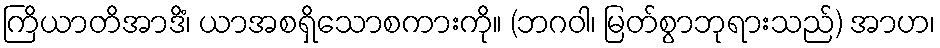
ကြိယာတိအာဒိံ၊ ယာအစရှိသောစကားကို။ (ဘဂဝါ၊ မြတ်စွာဘုရားသည်) အာဟ၊